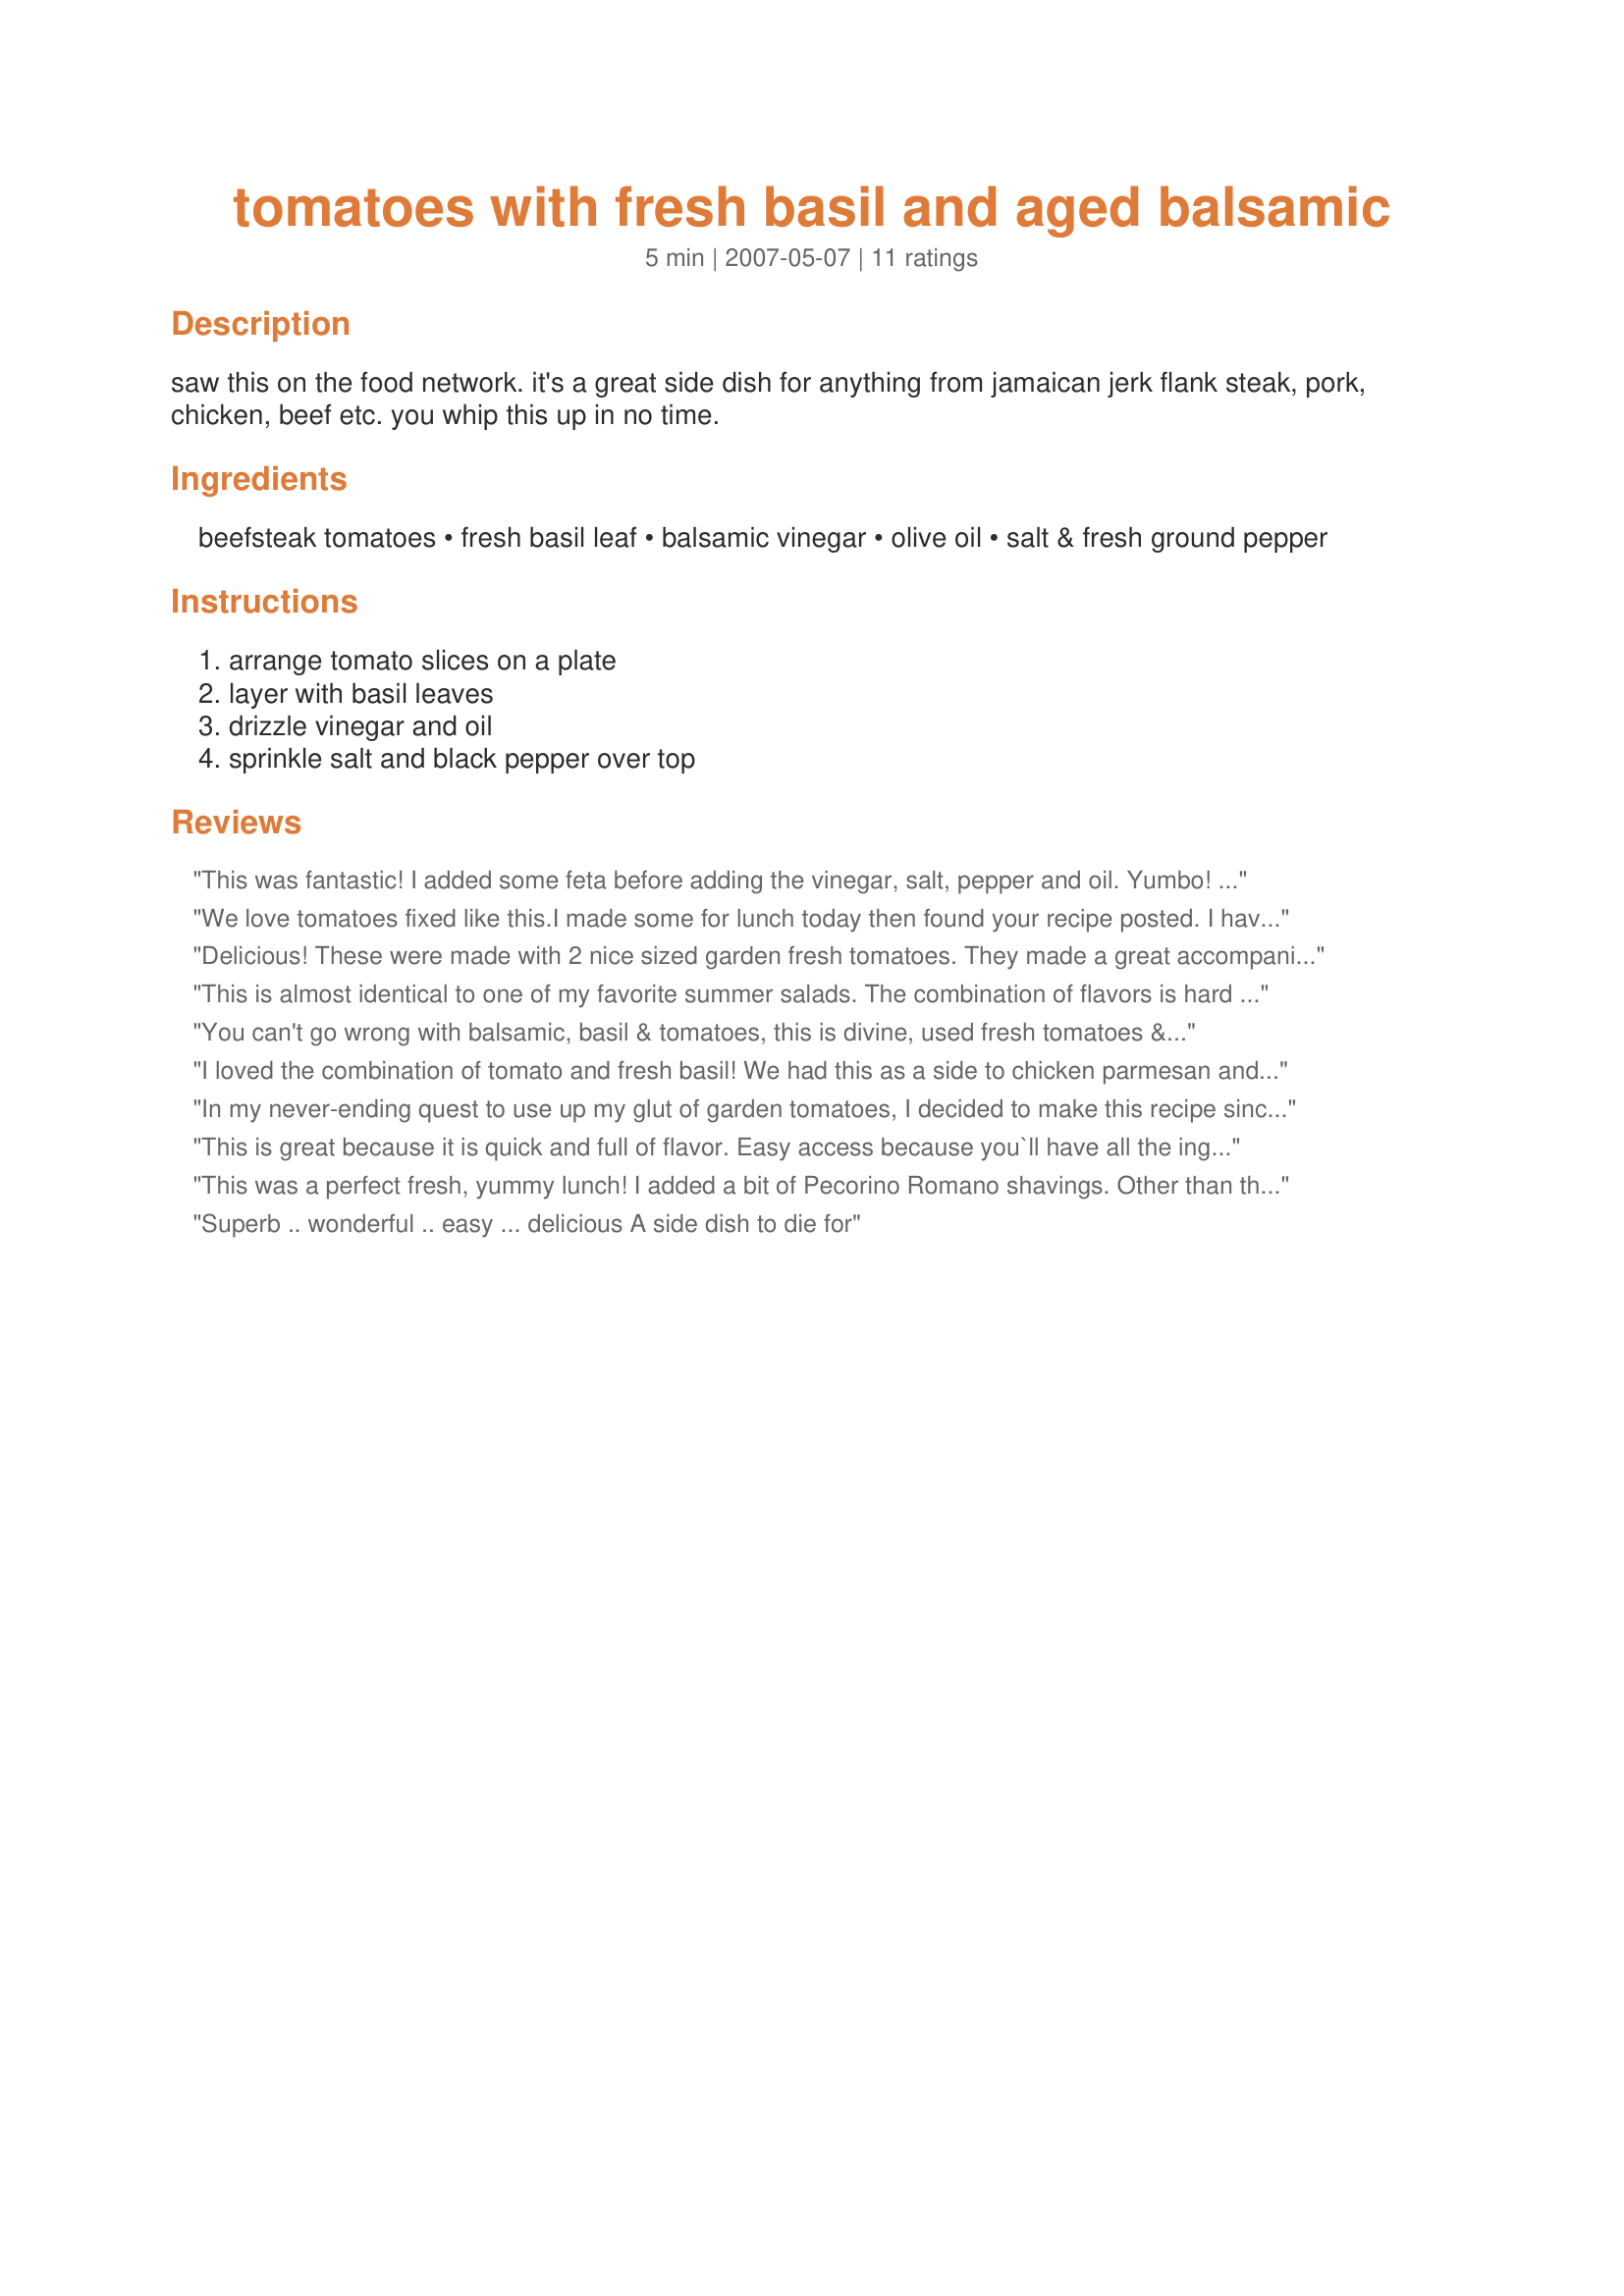
tomatoes with fresh basil and aged balsamic
Preparation time: 5 minutes

saw this on the food network. it's a great side dish for anything from jamaican jerk flank steak, pork, chicken, beef etc. you whip this up in no time.

Ingredients:
beefsteak tomatoes, fresh basil leaf, balsamic vinegar, olive oil, salt & fresh ground pepper

Steps:
arrange tomato slices on a plate, layer with basil leaves, drizzle vinegar and oil, sprinkle salt and black pepper over top

Reviews:
This was fantastic! I added some feta before adding the vinegar, salt, pepper and oil. Yumbo! Thx. for posting.
We love tomatoes fixed like this.I made some for lunch today then found your recipe posted. I have fresh tomatoes & basil in the garden. I used EVOO, also add a little garlic, Yummy.
Delicious! These were made with 2 nice sized garden fresh tomatoes. They made a great accompaniment to mini-crustless quiches for a ladies lunch. I will keep this recipe to use again and again. Thank you for posting.
This is almost identical to one of my favorite summer salads. The combination of flavors is hard to beat.
You can't go wrong with balsamic, basil & tomatoes, this is divine, used fresh tomatoes & basil from my garden, this is the perfect bruschetta topping. Thanks V.
I loved the combination of tomato and fresh basil! We had this as a side to chicken parmesan and it rounded out our dinner perfectly. This is so easy to make and makes a lovely presentation too. Thanks, V!
In my never-ending quest to use up my glut of garden tomatoes, I decided to make this recipe since it looked so easy and it was wonderful!!! Even my DH commented on how good it was :) I made as posted except to use only one tomato since only DH and I were eating. Thanks so much for posting ~ I know I will be using this tons over the next couple of weeks!!
This is great because it is quick and full of flavor. Easy access because you`ll have all the ingredients. If you want to really kick it up try Recipe #61196. I was tempted to add extras but went simple and wasn`t simple at all. Lots of flavor and ease. Thanks!
This was a perfect fresh, yummy lunch! I added a bit of Pecorino Romano shavings. Other than that I wouldn't change a thing. Thanks for a great recipe!
Superb .. wonderful .. easy ... delicious
A side dish to die for
RUN !!! .. to the supermarket or specialist shop and buy the best quality balsamic vinegar you can afford and make this recipe! While you are there,get the best homegrown or local market tomatoes on the vine to go with your balsamic and freshest basil you can get your hands on and once you have made this, relax and enjoy, enjoy, enjoy. Heaven on a plate, simple and decadent and oodles of flavour. A treat where health food this good seems sinful. Please see my rating system: if you try this you won't need to ask why... just do it ! Thanks !!!.. me? I'm off to make more...
